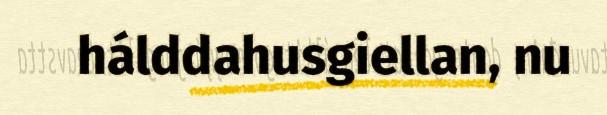
hálddahusgiellan, nu